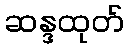
ဆန္ဒထုတ်